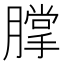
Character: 𰯗